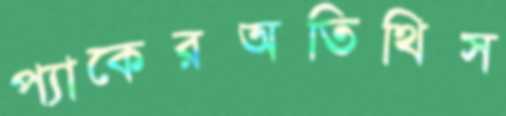
প্যাকেরঅতিথিস